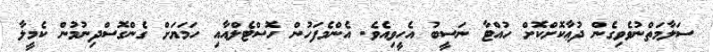
ސަލާމަތްނުވެވިގެން ދުޢާކޮށްކޮށް ހުއްޓާ ނަސީބު އެހީވިއެވެ. އެންމެފަހުން ހޮސްޓެލްއާއި ހަމަޔަށް ގެންގޮސްދިނުމުން ކެމީލާ